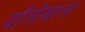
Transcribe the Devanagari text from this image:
दाँतोंवाला